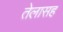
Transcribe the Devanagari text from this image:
तेलासह